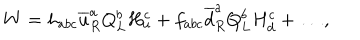
W = h _ { a b c } \overline { { { u } } } _ { R } ^ { a } Q _ { L } ^ { b } H _ { u } ^ { c } + f _ { a b c } \overline { { { d } } } _ { R } ^ { a } Q _ { L } ^ { b } H _ { d } ^ { c } + \ldots ,